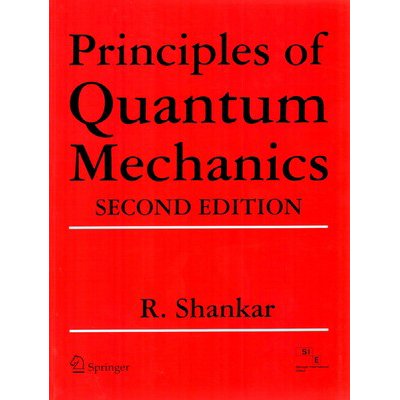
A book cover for Principles of Quantum Mechanics; Shankar; Science & Math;